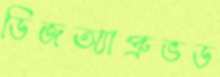
ডিজঅ্যাপ্রুভড